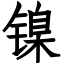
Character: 镍